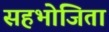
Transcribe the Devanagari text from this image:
सहभोजिता